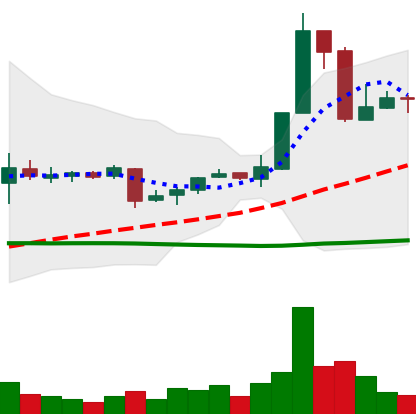
Ticker: XRP-USD
Chart end date: 2018-11-11
Forward return: -6.781%
Label: down_5_7